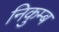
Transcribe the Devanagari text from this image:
निकुम्ब